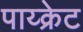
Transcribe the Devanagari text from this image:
पाय्क्रेट